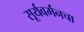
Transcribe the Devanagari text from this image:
सूर्यवर्मनचा